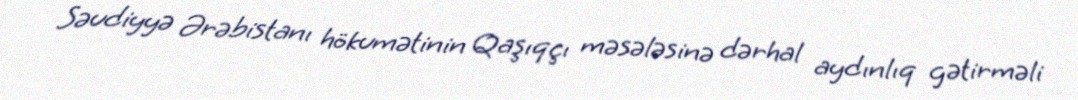
Səudiyyə Ərəbistanı hökumətinin Qaşıqçı məsələsinə dərhal aydınlıq gətirməli